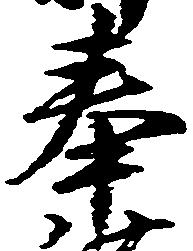
奉